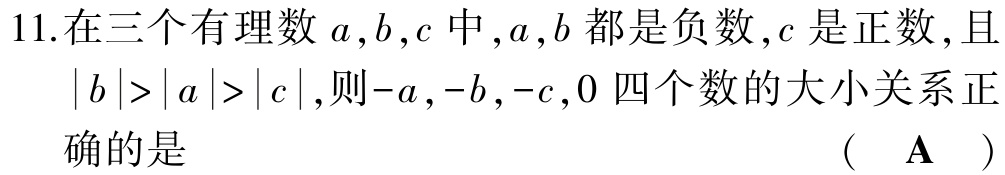
11.在三个有理数$a,b,c$中,$a,b$都是负数,$c$是正数,且$|b|>|a|>|c|$,则$-a,-b,-c,0$四个数的大小关系正确的是 （  $\mathbf{A}$  ）